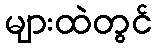
များထဲတွင်